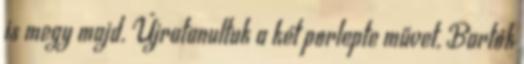
is megy majd. Újratanultuk a két porlepte művet, Bartók